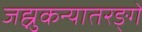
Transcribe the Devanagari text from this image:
जह्नुकन्यातरङ्गे